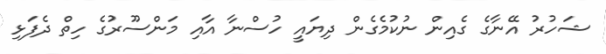
ޝަހުރު އޭނާގެ ގެއިން ނުކުމެގެން ދިޔައީ ހުސްނާ އާއި މަންސޫރުގެ ހިތް ދެފަޅި